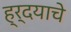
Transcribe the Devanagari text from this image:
ह्र्दयाचे